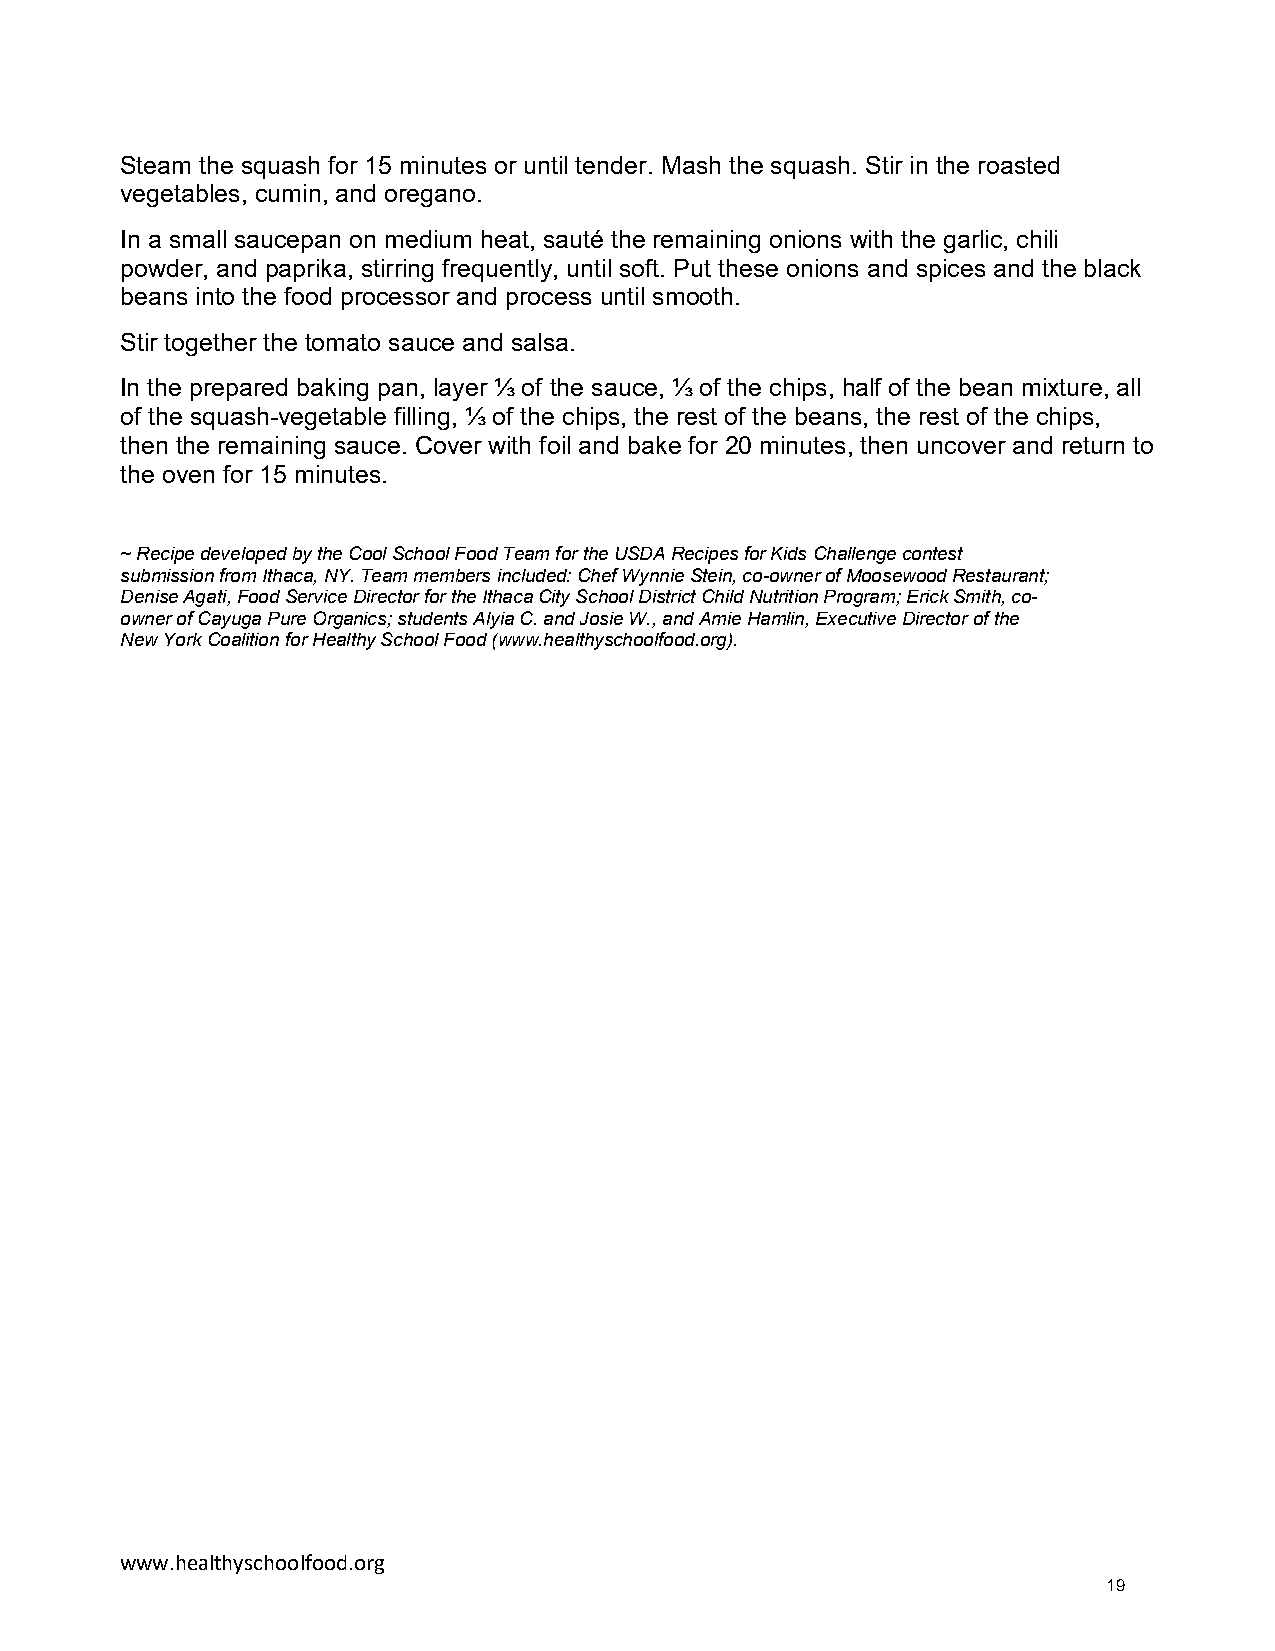
Steam the squash for 15 minutes or until tender. Mash the squash. Stir in the roasted
 vegetables, cumin, and oregano.
 In a small saucepan on medium heat, sauté the remaining onions with the garlic, chili
 powder, and paprika, stirring frequently, until soft. Put these onions and spices and the black
 beans into the food processor and process until smooth.
 Stir together the tomato sauce and salsa.
 In the prepared baking pan, layer ⅓ of the sauce, ⅓ of the chips, half of the bean mixture, all
 of the squash-vegetable filling, ⅓ of the chips, the rest of the beans, the rest of the chips,
 then the remaining sauce. Cover with foil and bake for 20 minutes, then uncover and return to
 the oven for 15 minutes.
 ~ Recipe developed by the Cool School Food Team for the USDA Recipes for Kids Challenge contest
 submission from Ithaca, NY. Team members included: Chef Wynnie Stein, co-owner of Moosewood Restaurant;
 Denise Agati, Food Service Director for the Ithaca City School District Child Nutrition Program; Erick Smith, co-
 owner of Cayuga Pure Organics; students Alyia C. and Josie W., and Amie Hamlin, Executive Director of the
 New York Coalition for Healthy School Food (www.healthyschoolfood.org).
 www.healthyschoolfood.org
 19